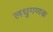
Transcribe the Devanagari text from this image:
लधुगणक